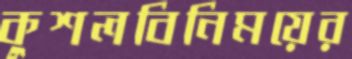
কুশলবিনিময়ের